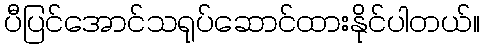
ပီပြင်အောင်သရုပ်ဆောင်ထားနိုင်ပါတယ်။